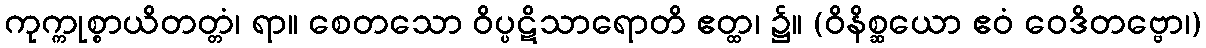
ကုက္ကုစ္စာယိတတ္တံ၊ ရာ။ စေတသော ဝိပ္ပဋိသာရောတိ ဧတ္ထ၊ ၌။ (ဝိနိစ္ဆယော ဧဝံ ဝေဒိတဗ္ဗော၊)